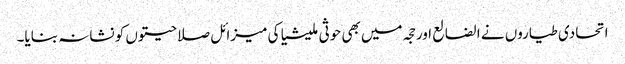
اتحادی طیاروں نے الضالع اور حجہ میں بھی حوثی ملیشیا کی میزائل صلاحیتوں کو نشانہ بنایا۔